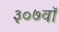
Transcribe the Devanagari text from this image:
३०७वॉ